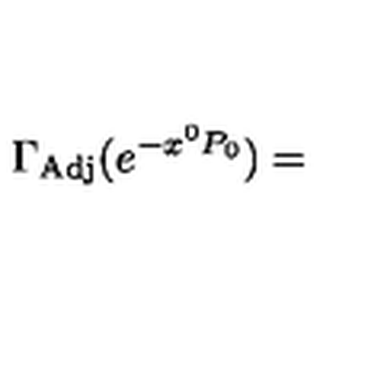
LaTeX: \Gamma _ { \mathrm { A d j } } ( e ^ { - x ^ { 0 } P _ { 0 } } ) =